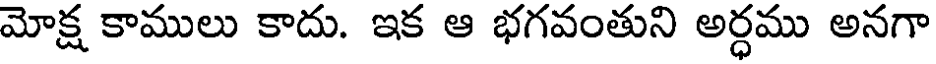
మోక్ష కాములు కాదు. ఇక ఆ భగవంతుని అర్ధము అనగా